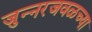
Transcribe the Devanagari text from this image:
जुन्‍नरजवळच्या